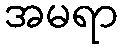
အမရာ